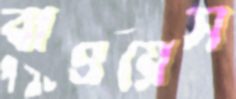
বাওয়েস